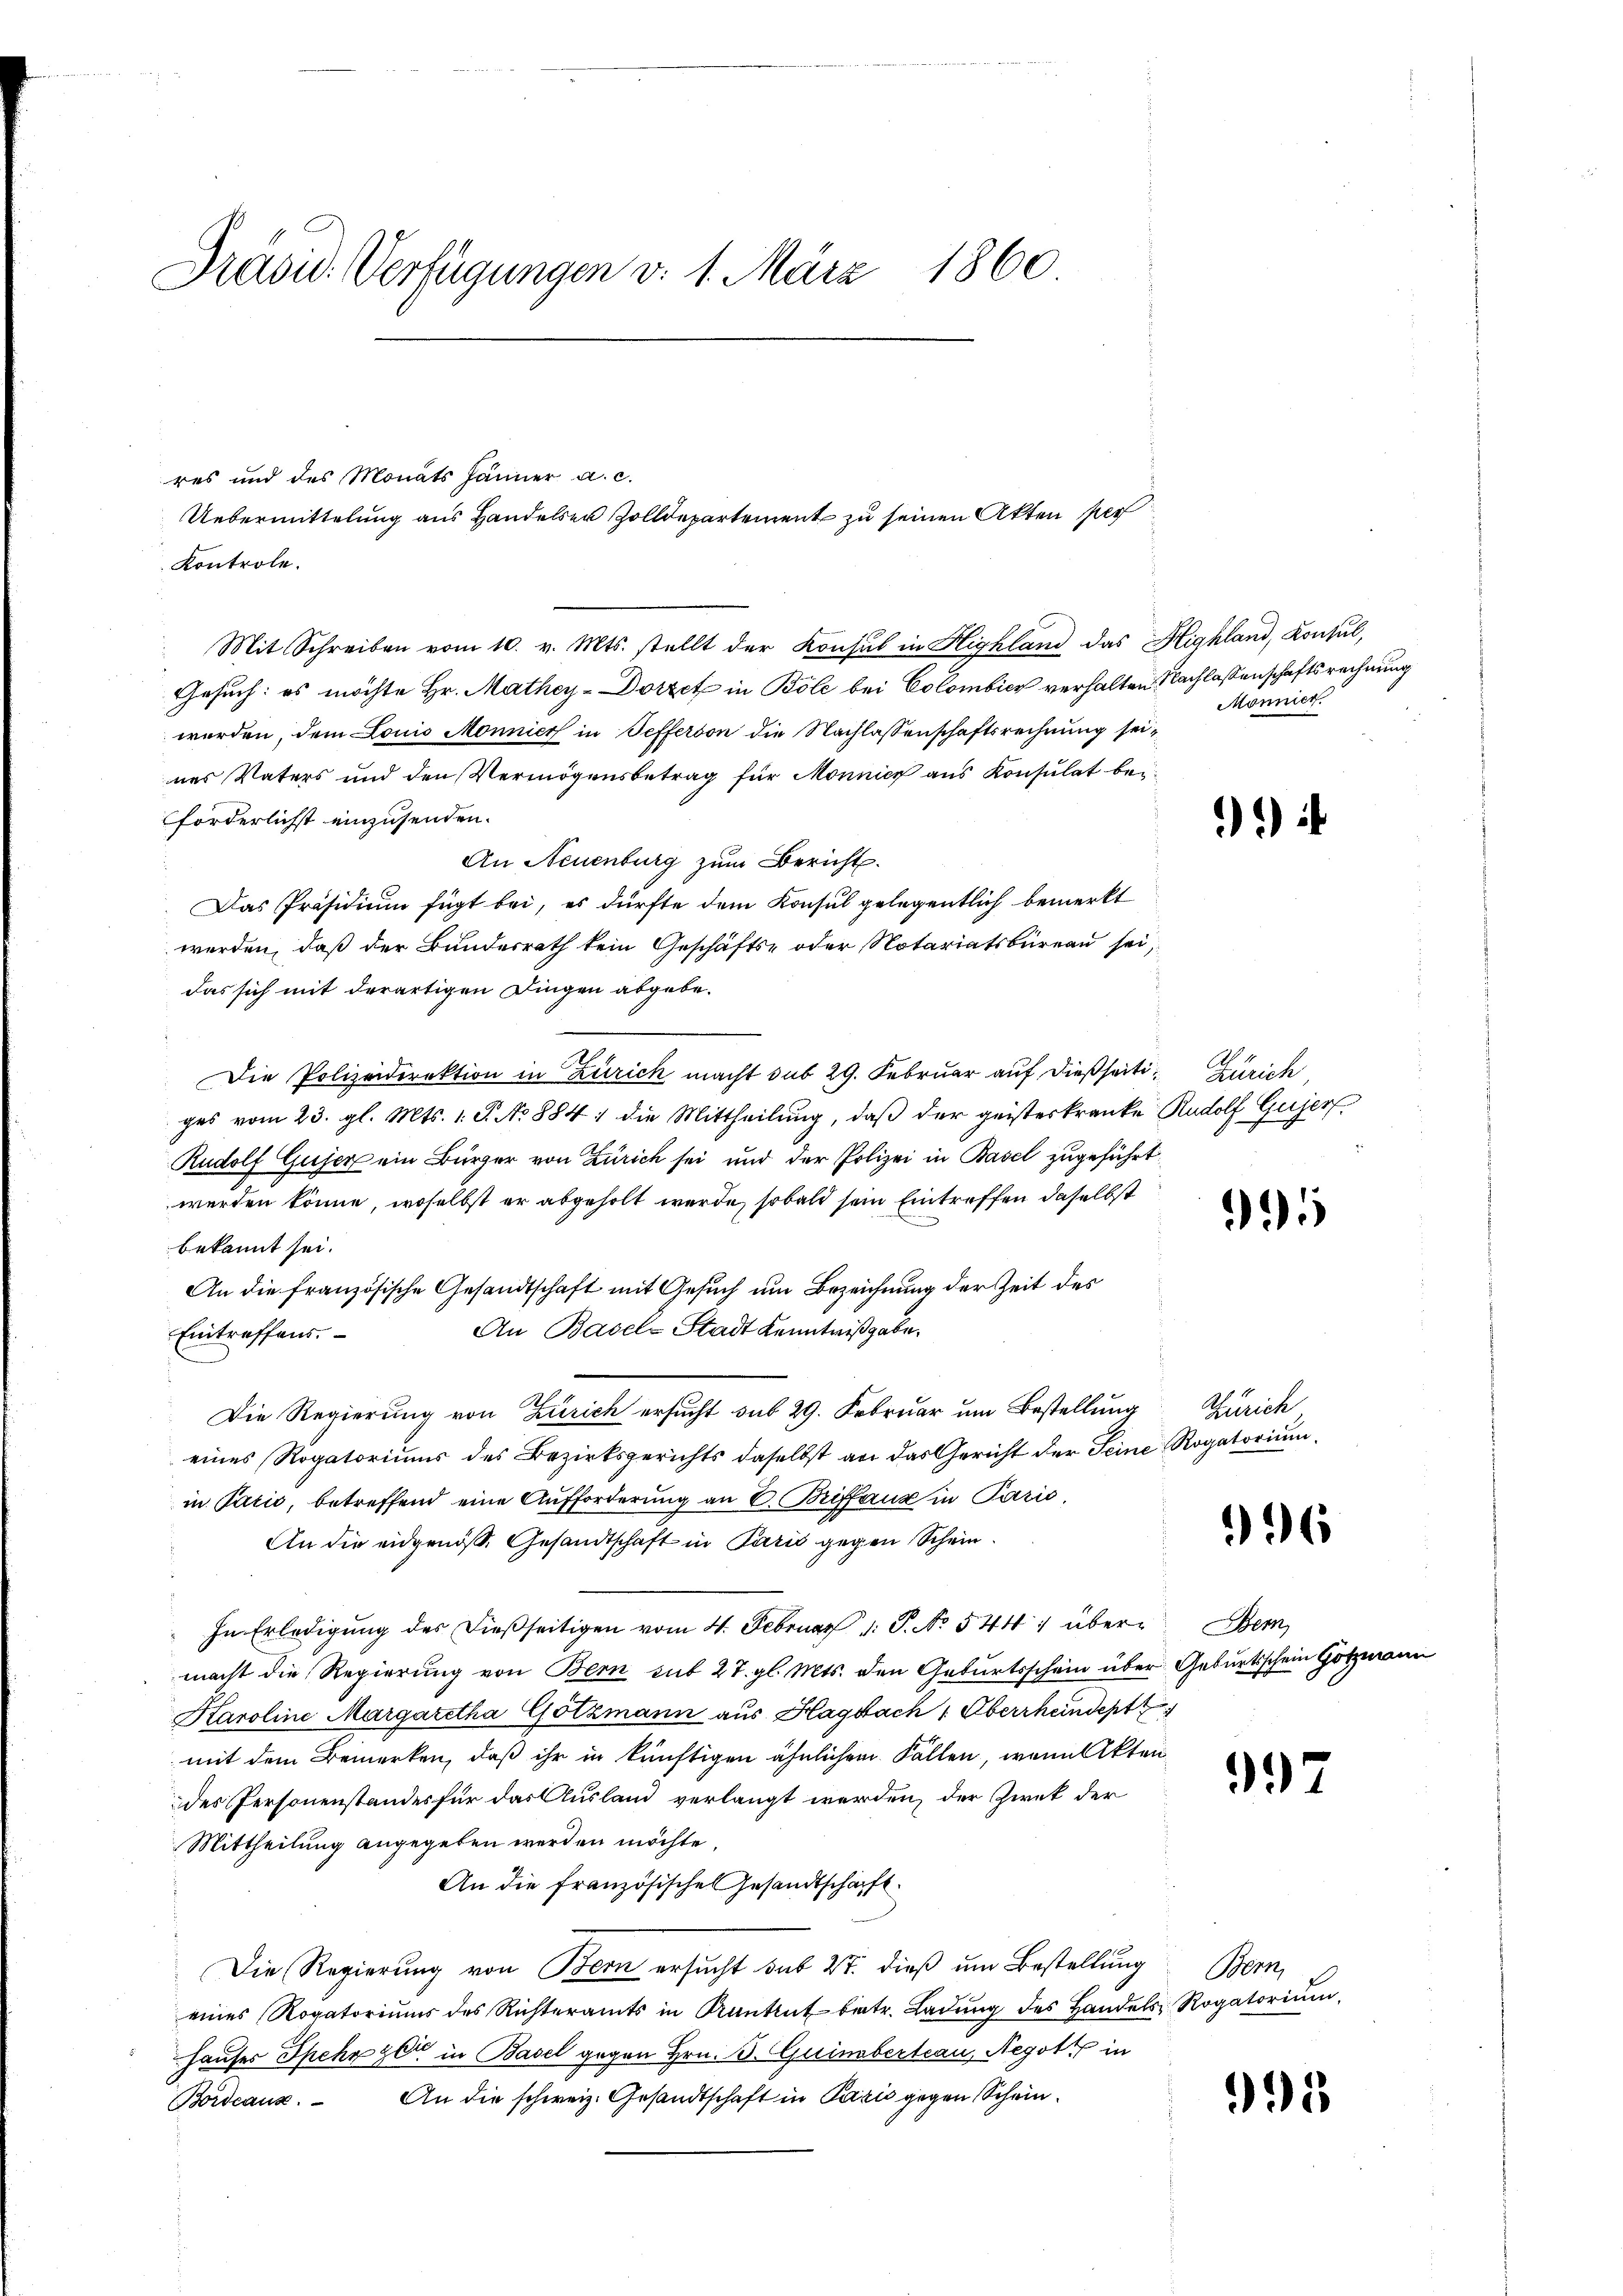
Präsid. Verfügungen v. 1. März 1860

res und des Monats Jänner a. c.
Uebermittelung aus Handelser Zolldepartement zu seinen Akten per
Kontrole.
Mit Schreiben vom 10. v. Mts. stellt der Konsul in Highland das Highland, Konsul,
Gesuch: es möchte Hr. Mathey-Dorzet in Böle bei Colombicz verhalten Nachlassenschaftsrechnung
worden, dem Louis Monnier in Sefferson die Nachlassenschaftsrechnung seines Vaters und den Vermögensbetrag für Monnier aus Konsulat beiforderlichst einzusenden.
An Neuenburg zum Bericht.
Das Präsidium fügt bei, es dürfte dem Konsul gelegentlich bemerkt
werden, daß der Bundesrath kein Geschäfts- oder Notariatsbüreau sei,
das sich mit derartigen Dingen abgebe¬
Die Polizeidirektion in Zürich macht sub 29. Februar auf dießseiti- Zürich
ges vom 23. gl. Mts. 1. P. No 884. die Mittheilŭng, daβ der geisterkranke Rudolf Gujer
Rudolf Gujer ein Bürger von Zürich sei und der Polizei in Basel zugeführt
werden könne, woselbst er abgeholt werde, sobald sein Eintreffen daselbst
bekannt sei.
An die französische Gesandtschaft mit Gesuch um Bezeichnung der Zeit des
An Basel-Stadt Kenntnißgabe.
Eintreffens.
Die Regierung von Zürich ersucht sub 29. Februar um Bestellung Zürich
eines Rogatoriums des Bezirksgerichts daselbst an das Gericht der Seine Rogatorium
in Parić, betreffend eine Aufforderung an C. Briffang in Parić,
An die eidgenöße Gesandtschaft in Paris gegen Schein¬
In Erledigung des dießseitigen vom 4. Februar 1. P. No 544, über Bern,
macht die Regierung von Bern sub 27. gl. Mts. den Geburtsschein über Geburtsschein Gotzma
Karoline Margaretha Götzmann aus Hagbach " Oberrheindept
mit dem Bemerken, daß ihr in künftigen ähnlichen Fällen, wenn Akten
des Personenstandes für das Ausland verlangt werden, der Ziret der
Mittheilung angegeben werden möchte.
An die französische Gesandtschafft.
Die Regierung von Bern ersucht sub 27. dieß um Bestellung Bern,
eines Rogatoriŭms des Richteramts in Krankret betr. Ladŭng des Handels Rogatorium
Hauses Spehr zer in Basel gegen Hrn. J. Guimbertrau, Negotz in
Bordeaux. An die schweiz. Gesandtschaft in Paris gegen Schein¬

Mönnier.

95

96

997

35